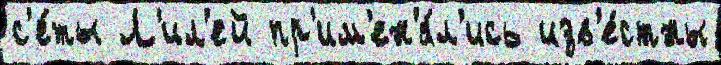
с'е́ты Л'ил'ей пр'им'ен'я́л'ись изв'е́стны